Annual report on the working of the mental hospitals in the Madras Presidency - 1912-1932
Year: 1912
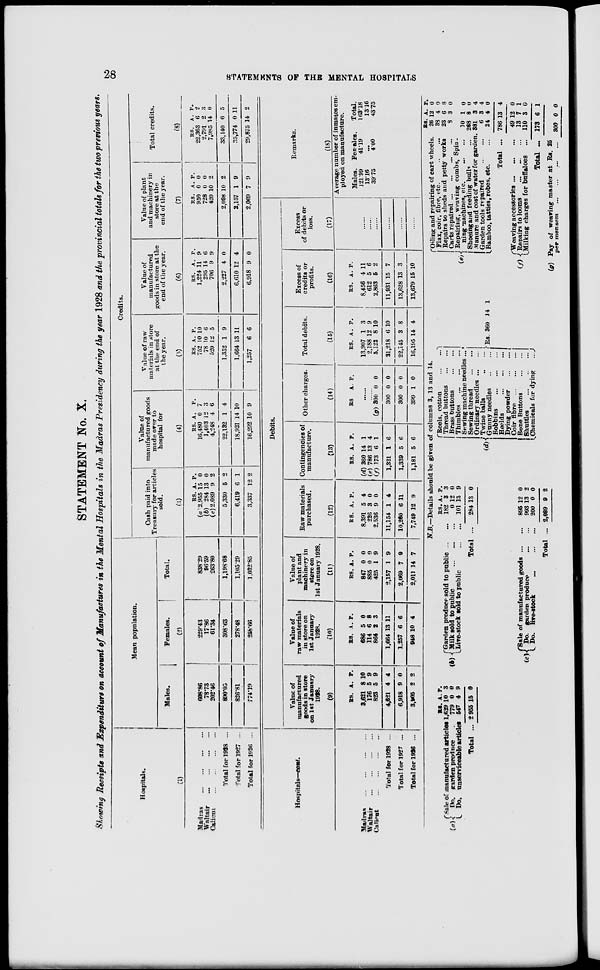
28
STATEMENTS
OF THE MENTAL HOSPITALS
STATEMENT No. X.
Showing Receipts and Expenditure on account of Manufactures in the Mental Hospitals in the Madras Presidency during the year 1928 and the provincial totals for the two previous years.
Hospitals.
(1)
Madras...
...
...
...
Waltair
...
...
...
...
Calicut
...
...
...
...
Total for 1928 ...
Total for 1927 ...
Total for 1926 ...
Mean population.
Males.
Females.
Total.
(2)
608.86
78.73
202.46
890.05
826.81
774.19
229.43
17.86
61.34
308.63
278.48
258.66
838.29
96.59
263.80
1,198.68
1,105.29
1,032.85
Credits.
Cash paid into
Treasury for articles
sold.
(3)
RS.
(a) 2,955
(b) 284
(c) 2,089
5,330
6,419
3,337
A.
15
13
9
5
6
12
P.
0
0
2
2
1
2
Value of
manufactured goods
made over to
hospital for
(4)
RS.
16,480
1,403
4,248
22,132
18,921
16,292
A.
0
12
4
1
14
10
P.
7
3
6
4
10
9
Value of raw
materials in store
at the end of
the year.
(5)
RS.
752
78
520
1,352
1,664
1,257
A.
10
10
12
1
13
6
P.
10
6
5
9
11
6
Value of
manufactured
goods in store at the
end of the year.
(6)
RS.
1,224
295
706
2,227
6,610
6,918
A.
11
14
9
4
12
9
P.
9
6
9
0
4
0
Value of plant
and machinery in
store at the
end of the year.
(7)
RS.
950
728
420
2,098
2,157
2,069
A.
0
0
10
10
1
7
P.
0
0
2
2
9
9
Total credits.
(8)
RS.
22,363
2,791
7,985
33,140
35,774
29,875
A.
6
2
14
6
0
14
P.
2
3
0
5
11
2
Hospitals—cont.
Madras
...
...
...
...
Waltair
...
...
...
...
Calicut
...
...
...
...
Total for 1928 ...
Total for 1927 ...
Total for 1926 ...
Debits.
Value of
manufactured
goods in store
on 1st January
1928.
(9)
RS.
3,621
176
823
4,621
6,918
3,905
A.
8
5
5
4
9
2
P.
10
9
9
4
0
2
Value of
raw materials
in store on
1st January
1928.
(10)
RS.
686
114
864
1,664
1,257
948
A
5
6
2
13
6
10
P.
0
8
3
11
6
4
Value of
plant and
machinery in
store on
1st January 1928.
(11)
RS.
847
885
425
2,157
2,069
2,011
A.
0
0
1
1
7
14
P.
0
0
9
9
9
7
Raw materials
purchased.
(12)
RS.
8.391
226
2,536
11,154
10,260
7,749
A.
5
3
9
1
6
12
P.
4
0
0
4
11
9
Contingencies of
manufacture.
(13)
RS.
(d) 360
(e) 786
(f) 173
1,321
1,339
1,181
A.
14
13
6
1
5
5
P.
1
4
1
6
6
6
Other charges.
(14)
RS A. P.
for) 300
300
300
399
0
0
0
1
0
0
0
0
Total debits.
(15)
RS.
13,907
2,188
5,122
21,218
22,145
16,195
A.
1
12
8
6
3
14
P.
3
9
10
10
8
4
Excess of
credits or
profits.
(16)
RS.
8,456
612
2,863
11,931
13,628
13,679
A.
4
5
5
15
13
15
P.
11
6
2
7
3
10
Excess
of debits or
loss.
(17)
Remarks.
(18)
Average number of inmates em-
ployed on manufacture.
Males.
121.99
13.16
39.75
Females.
41.19
...
4.00
Total.
163.18
13.16
43.75
N.B.—Details should be given of columns 3, 13 and 14.
(a).
RS
Sale of manufactured articles
Do. garden produce
Do. unserviceable articles
Total ...
.
1,639
779
547
2955
A.
10
0
4
15
P.
3
0
9
0
(b)
Garden produce sold to public ...
Milk sold to public ... ...
Live-stock sold to public ...
Total
(c)
Sale of manufactured goods ...
Do. garden produce
...
Do.
live-stock
Total ...
RS.
182
0
101
284
895
993
200
2,089
A.
3
12
13
13
12
13
0
9
P.
3
0
9
0
0
2
0
2
(d)
Reels, cotton ... ...
Thread buttons
...
...
Brass buttons
...
...
Thimbles
...
...
Sewing machine needles...
Sewing thread
...
...
Ordinary
needles...
...
Twine balls
...
...
Gunny
needles...
...
Bobbins
...
...
...
Heelds
...
...
...
Dying powder
...
...
Coir
fibre
...
...
...
Bone Buttons
...
...
Shuttles
...
...
Chemicals for dying
...
Rs. 360 14 1
(e)
Oiling and repairing of cart wheels.
Flax, coir, fibre, etc.
...
...
Repairs to sheds and petty works
Carts
repaired...
...
...
...
Repairing, weaving combs, Spin¬
ning machines, etc.
...
...
Shoeing and feeding bulls ... ...
Manure and cost of water for garden
Garden tools repaired
Bamboo, tatties, robes, etc.
Total ...
(f)
Weaving
accessories...
...
{ Repairs to looms
...
...
Milking charges for buffaloes
...
Total ...
(g)
Pay of weaving master at Rs. 25
per mensem ... ... ...
RS.
26
33
23
8
10
268
381
6
24
786
49
13
110
173
300
A.
12
4
6
3
1
8
3
3
4
13
12
7
3
6
0
P.
0
0
8
0
0
0
4
4
0
4
0
1
0
1
0